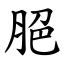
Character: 脃